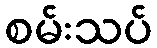
စမ်းသပ်